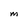
Character: M